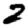
Digit: 2